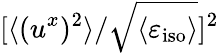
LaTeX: [\langle{(u^{x})^{2}}\rangle/\sqrt{\langle{\varepsilon_{\textrm{iso}}}\rangle}]^{2}